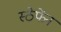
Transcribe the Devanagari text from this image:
स्ठेफेंन